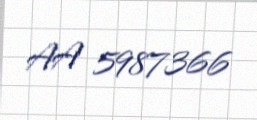
AA 5987366